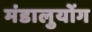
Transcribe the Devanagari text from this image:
मंडालुयोंग